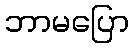
ဘာမပြော